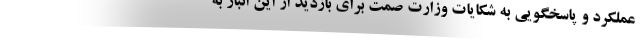
عملکرد و پاسخگویی به شکایات وزارت صمت برای بازدید از این انبار به